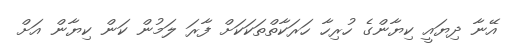
އޭނާ ދިޔައީ ކިޔާންގެ ހުރިހާ ހަރަކާތްތަކަކަށް ފާރަ ލަމުން ކަން ކިޔާން އަށް